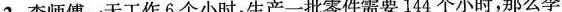
2.李师傅一天工作6个小时，生产一批零件需要144个小时，那么李